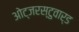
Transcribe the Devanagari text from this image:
ओट्जरस्टुवार्ड